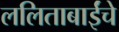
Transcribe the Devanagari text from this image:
ललिताबाईंचे